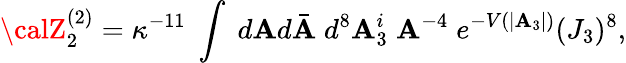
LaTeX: {\calZ}_{2}^{(2)}=\kappa^{-11}\; \int\; d\mathbf{A}d\bar{{\mathbf{A}}}\; d^{8}\mathbf{A}_{3}^{i}\; \mathbf{A}^{-4}\; e^{-V(|\mathbf{A}_{3}|)}(J_{3})^{8},